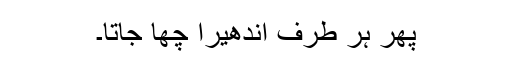
پھر ہر طرف اندھیرا چھا جاتا۔